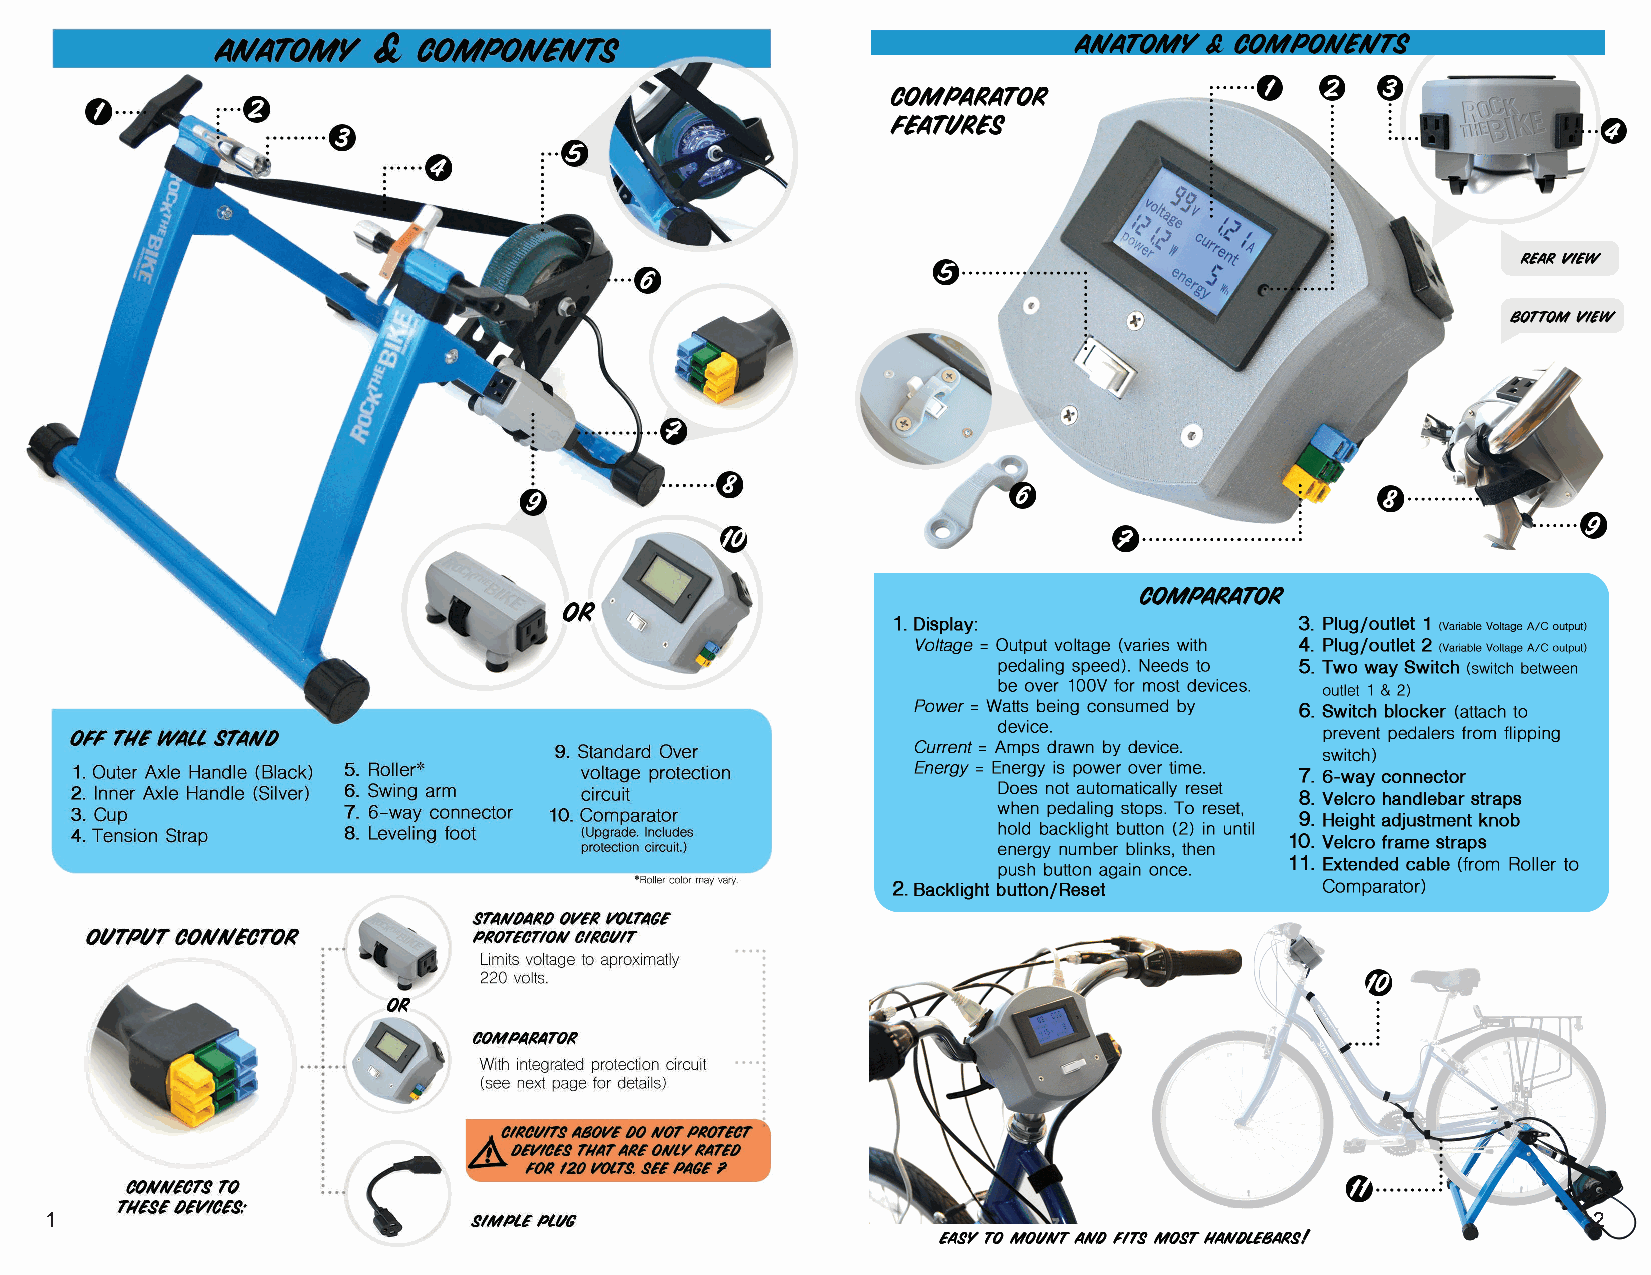
1                                                                                                     2